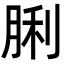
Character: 脷